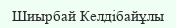
Шиырбай Келдібайұлы